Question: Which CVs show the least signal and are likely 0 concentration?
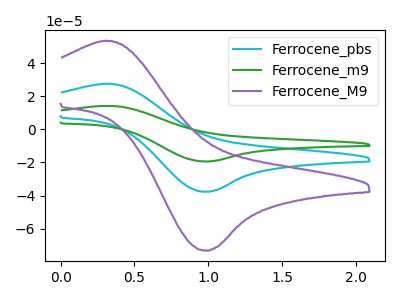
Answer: <think>The cyan curve "Ferrocene_pbs" has an anodic peak at (0.30V, 27.55uA) and a cathodic peak at (1.00V, -37.70uA). The green curve "Ferrocene_m9" has an anodic peak at (0.30V, 55.05uA) and a cathodic peak at (1.00V, -75.40uA). The purple curve "Ferrocene_M9" has an anodic peak at (0.30V, 53.50uA) and a cathodic peak at (1.00V, -73.25uA).</think>
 <answer>There are not any CV's on this graph that are likely to be blanks.</answer>
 <eval>none</eval>